Annual administration and progress report of the Indian Medical Department, Bombay
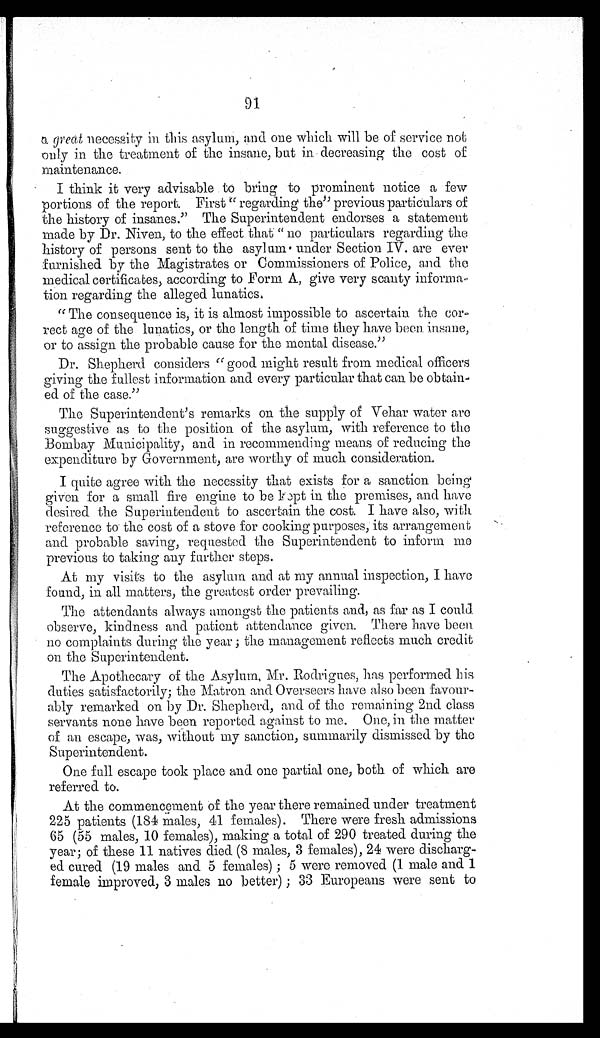
91
a great necessity in this asylum, and one which will be of service not
only in the treatment of the insane, but in decreasing the cost of
maintenance.
I think it very advisable to bring to prominent notice a few
portions of the report. First "regarding the" previous particulars of
the history of insanes." The Superintendent endorses a statement
made by Dr. Niven, to the effect that " no particulars regarding the
history of persons sent to the asylum under Section IV. are ever
furnished by the Magistrates or Commissioners of Police, and the
medical certificates, according to Form A, give very scanty informa-
tion regarding the alleged lunatics.
" The consequence is, it is almost impossible to ascertain the cor-
rect age of the lunatics, or the length of time they have been insane,
or to assign the probable cause for the mental disease."
Dr. Shepherd considers "good might result from medical officers
giving the fullest information and every particular that can be obtain-
ed of the case."
The Superintendent's remarks on the supply of Vehar water are
suggestive as to the position of the asylum, with reference to the
Bombay Municipality, and in recommending means of reducing the
expenditure by Government, are worthy of much consideration.
I quite agree with the necessity that exists for a sanction being
given for a small fire engine to be kept in the premises, and have
desired the Superintendent to ascertain the cost. I have also, with
reference to the cost of a stove for cooking purposes, its arrangement
and probable saving, requested the Superintendent to inform me
previous to taking any further steps.
At my visits to the asylum and at my annual inspection, I have
found, in all matters, the greatest order prevailing.
The attendants always amongst the patients and, as far as I could
observe, kindness and patient attendance given. There have been
no complaints during the year ; the management reflects much credit
on the Superintendent.
The Apothecary of the Asylum, Mr. Rodrigues, has performed his
duties satisfactorily; the Matron and Overseers have also been favour-
ably remarked on by Dr. Shepherd, and of the remaining 2nd class
servants none have been reported against to me. One, in the matter
of an escape, was, without my sanction, summarily dismissed by the
Superintendent.
One full escape took place and one partial one, both of which are
referred to.
At the commencement of the year there remained under treatment
225 patients (184 males, 41 females). There were fresh admissions
65 (55 males, 10 females), making a total of 290 treated during the
year; of these 11 natives died (8 males, 3 females), 24 were discharg-
ed cured (19 males and 5 females) ; 5 were removed (1 male and 1
female improved, 3 males no better) ; 33 Europeans were sent to